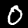
Digit: 0